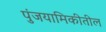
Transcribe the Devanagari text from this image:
पुंजयामिकीतील